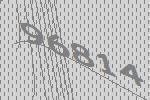
96814